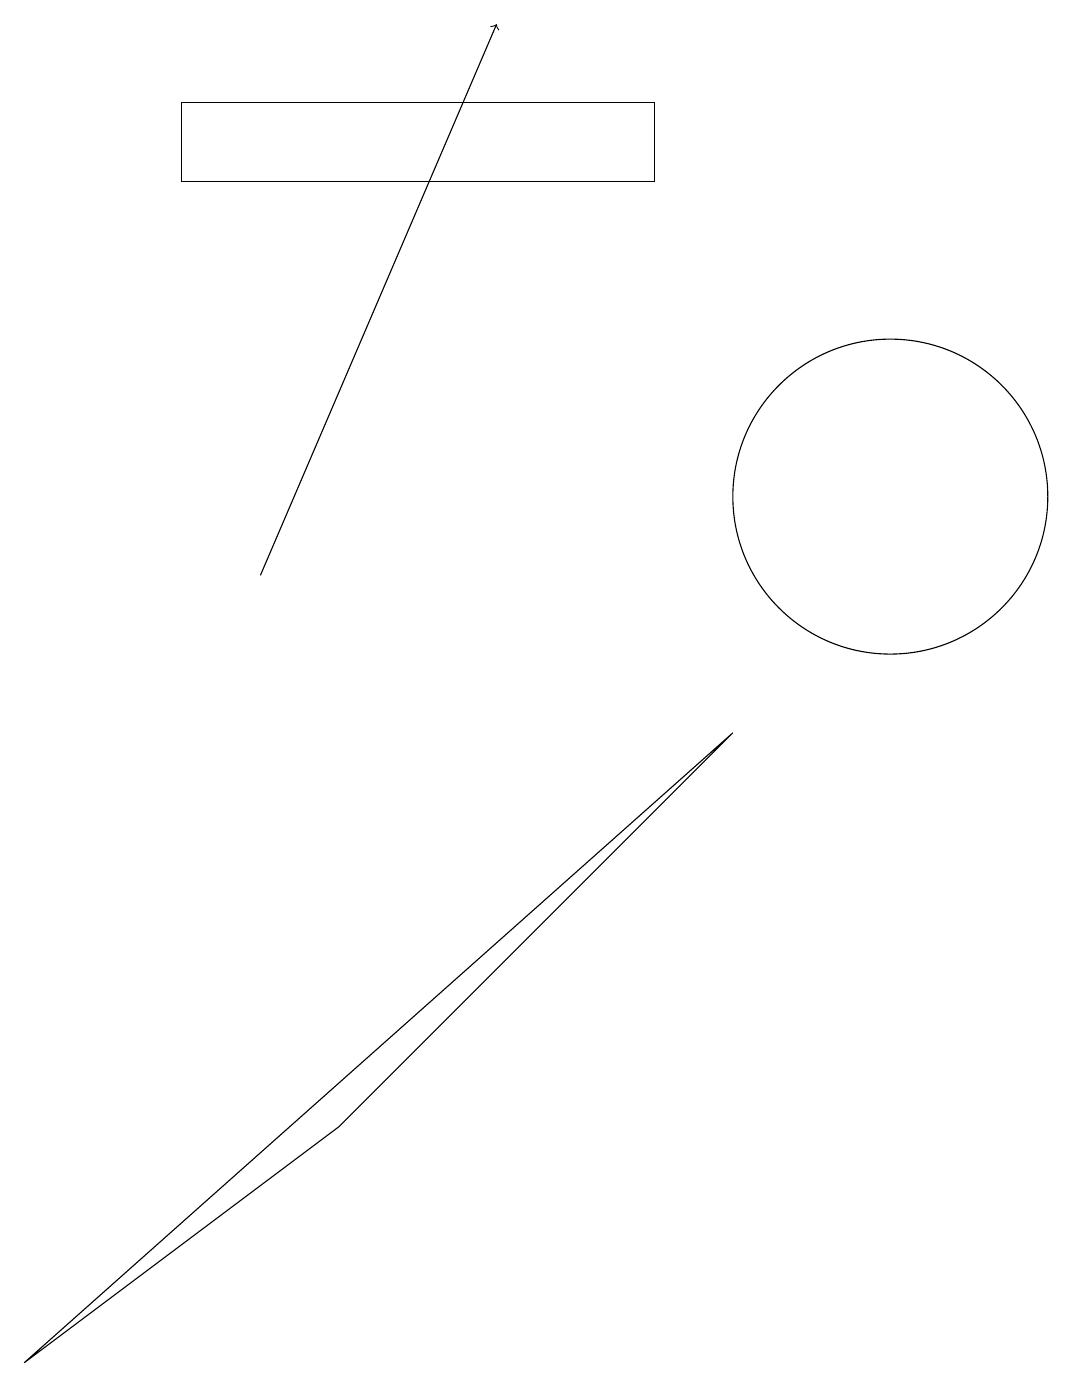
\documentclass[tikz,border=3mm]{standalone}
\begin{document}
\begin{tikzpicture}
\draw[->] (3,10) -- (6,17);
\draw (8,16) rectangle (2,15);
\draw (11,11) circle (2);
\draw (0,0) -- (4,3) -- (9,8) -- cycle;
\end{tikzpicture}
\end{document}